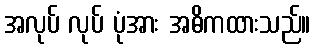
အလုပ် လုပ် ပုံအား အဓိကထားသည်။